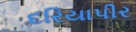
દરિયાપીર